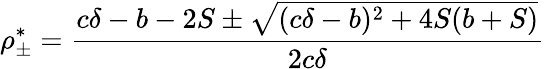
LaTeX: \rho_{\pm}^{*}=\frac{c\delta-b-2S\pm\sqrt{(c\delta-b)^{2}+4S(b+S)}}{2c\delta}